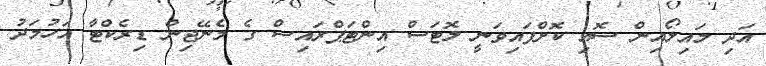
އަދި މައިލޯއިން ސޮއި ކޮށްފައިވަނީ ލޮޓަސް އިންޓަޕްރައިސް ގެ މެނޭޖިން ޑިރެކްޓާ އަހުމަދު